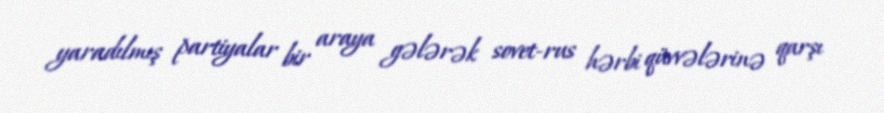
yaradılmış partiyalar bir araya gələrək sovet-rus hərbi qüvvələrinə qarşı